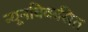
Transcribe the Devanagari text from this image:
न्यूनविकसित